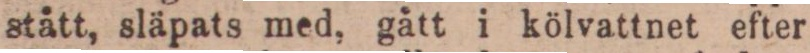
stått, släpats med, gått i kölvattnet efter